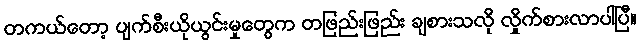
တကယ်တော့ ပျက်စီးယိုယွင်းမှုတွေက တဖြည်းဖြည်း ချစားသလို လှိုက်စားလာပါပြီ။